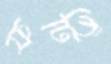
ফর্টি